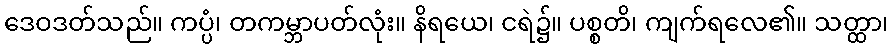
ဒေဝဒတ်သည်။ ကပ္ပံ၊ တကမ္ဘာပတ်လုံး။ နိရယေ၊ ငရဲ၌။ ပစ္စတိ၊ ကျက်ရလေ၏။ သတ္ထာ၊